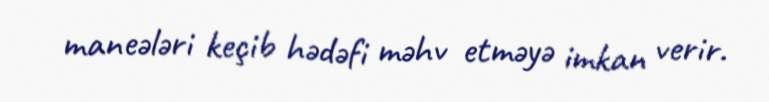
maneələri keçib hədəfi məhv etməyə imkan verir.